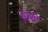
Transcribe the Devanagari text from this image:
इंचस